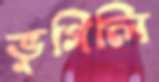
ভুগিলি